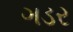
ગડર